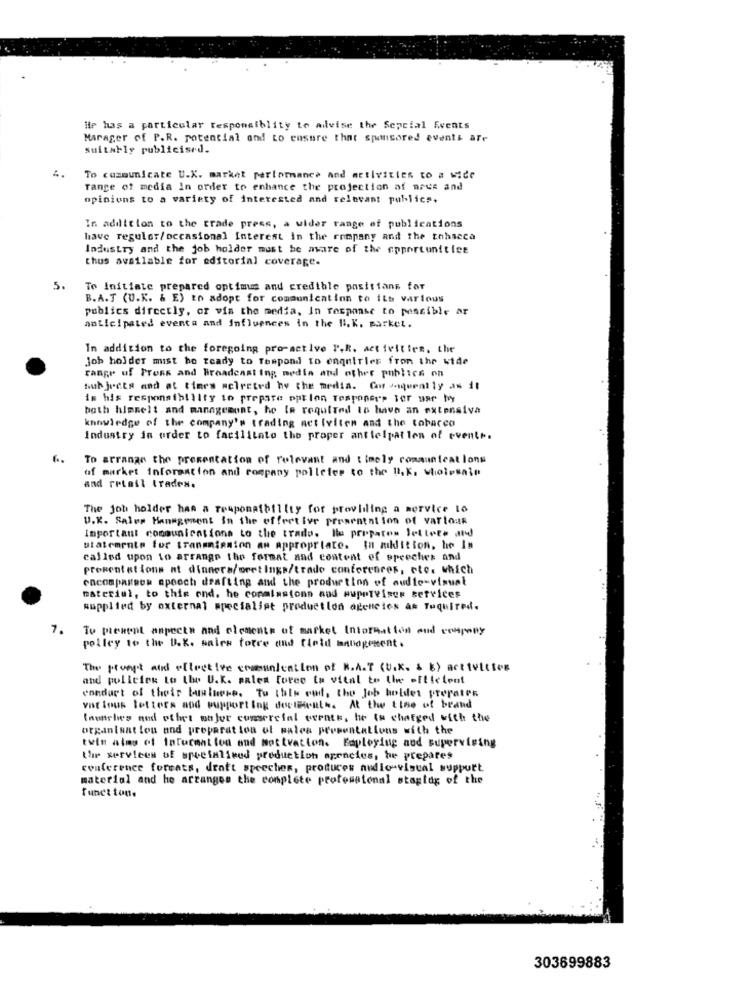
He has a particular responsibility to advise the Sepcial Events
Marager of P.R. potential ond to ensure that sponsored events are
suitably publicisrd.
To communicate U.K. market perlorance and activities to a wide
range of media In order to enhance the projection of nous and
opinions to a variety of interested and relevant publics.
In addition to the trade press, a wider range of publications
have regular/occasional Interest in the company and the tohseca
Industry and the job holder must be mare of the opportunities
thus available for editorial coverage.
5.
To Initiate prepared optimus and credible positians for
B.A.T (U.K. & E) to adopt for communication to its various
publics directly, or via the media, In response to pensible ar
anticipated eventa and Influences in the Hi. K. parket.
In addition to the foregoing pro-active P.R. activities, the
job holder mist be ready to respond to enquiries from the wide
range of Press and Broadcast ing media and other publics on
twh jects and at times selected by the media. Com isqueally as it
im his responsibility to prepare pptlon Tesponerp ter aar by
both himmelt and management, he Ia required to have an extensiva
knowledge of the company's trading activitem and the tobacco
Industry in order to facilitate the proper anticipation of events.
To arrange the presentation of relevant and timely communications
of market information and company polletes to the I,k. wholesale
and retail trades.
The job holder has a responsibility for providing a service lo
U.K. Saler Hanagement In the offretive presentation of various
Important communications to the trade. le prepares lettete and
statements for transmission an appropriate. In adition, he Is
called upon to arrange the format and content of speeches and
present ations at dinners/oretIngs/trado conferences, etc. which
cacompassok apooch drafting and the production of audio-visual
material, to this end. he commissions and mupetviser services
supplied by external specialist production agencies as Tuquired.
7.
To present aspects and elements of market Information and company
polley to the U.K. sales totre and field Inlogement .
The prompt and ellective communication of R.A.T (U.x. & B) activities
and policies to the U.K. sales Force tu vital to the efficient
conduct of their busluere. Tu thals ett, the Job holder prerates
vat tous letters and support Ing doctilients. At the time of brand
Inwarles and other major comercial cerats, he is charged with the
organisat lou and preparat ton of wales presentations with the
twin aims of information and motivation. Fapleying and supervising
the services of specialised production agencies, he prepares
conference forcats, dratt speeches, produces audio-visual support
material and he arranges the complete protematonal stagtug of the
funct ton.
303699883